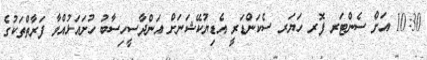
10:30 އަށް ސެންޓަރ ފޮރ ހަޔަރ ސެކަންޑަރީ އެޑިޔުކޭޝަނަށް އަންދާސީހިސާބު ހުށައަޅުއްވާ ފަރާތްތަކުގެ